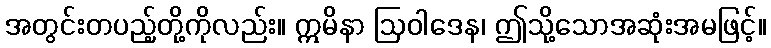
အတွင်းတပည့်တို့ကိုလည်း။ ဣမိနာ ဩဝါဒေန၊ ဤသို့သောအဆုံးအမဖြင့်။